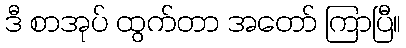
ဒီ စာအုပ် ထွက်တာ အတော် ကြာပြီ။